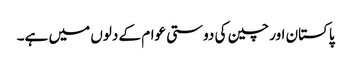
پاکستان اور چین کی دوستی عوام کے دلوں میں ہے۔